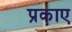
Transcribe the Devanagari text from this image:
प्रकाए